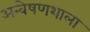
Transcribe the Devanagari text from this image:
अन्वेषणशाला